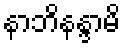
နာဘိနန္ဒာမိ